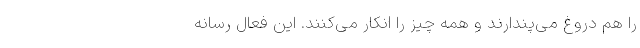
را هم دروغ می‌پندارند و همه چیز را انکار می‌کنند. این فعال رسانه‌